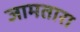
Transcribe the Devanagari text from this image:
जामतारा